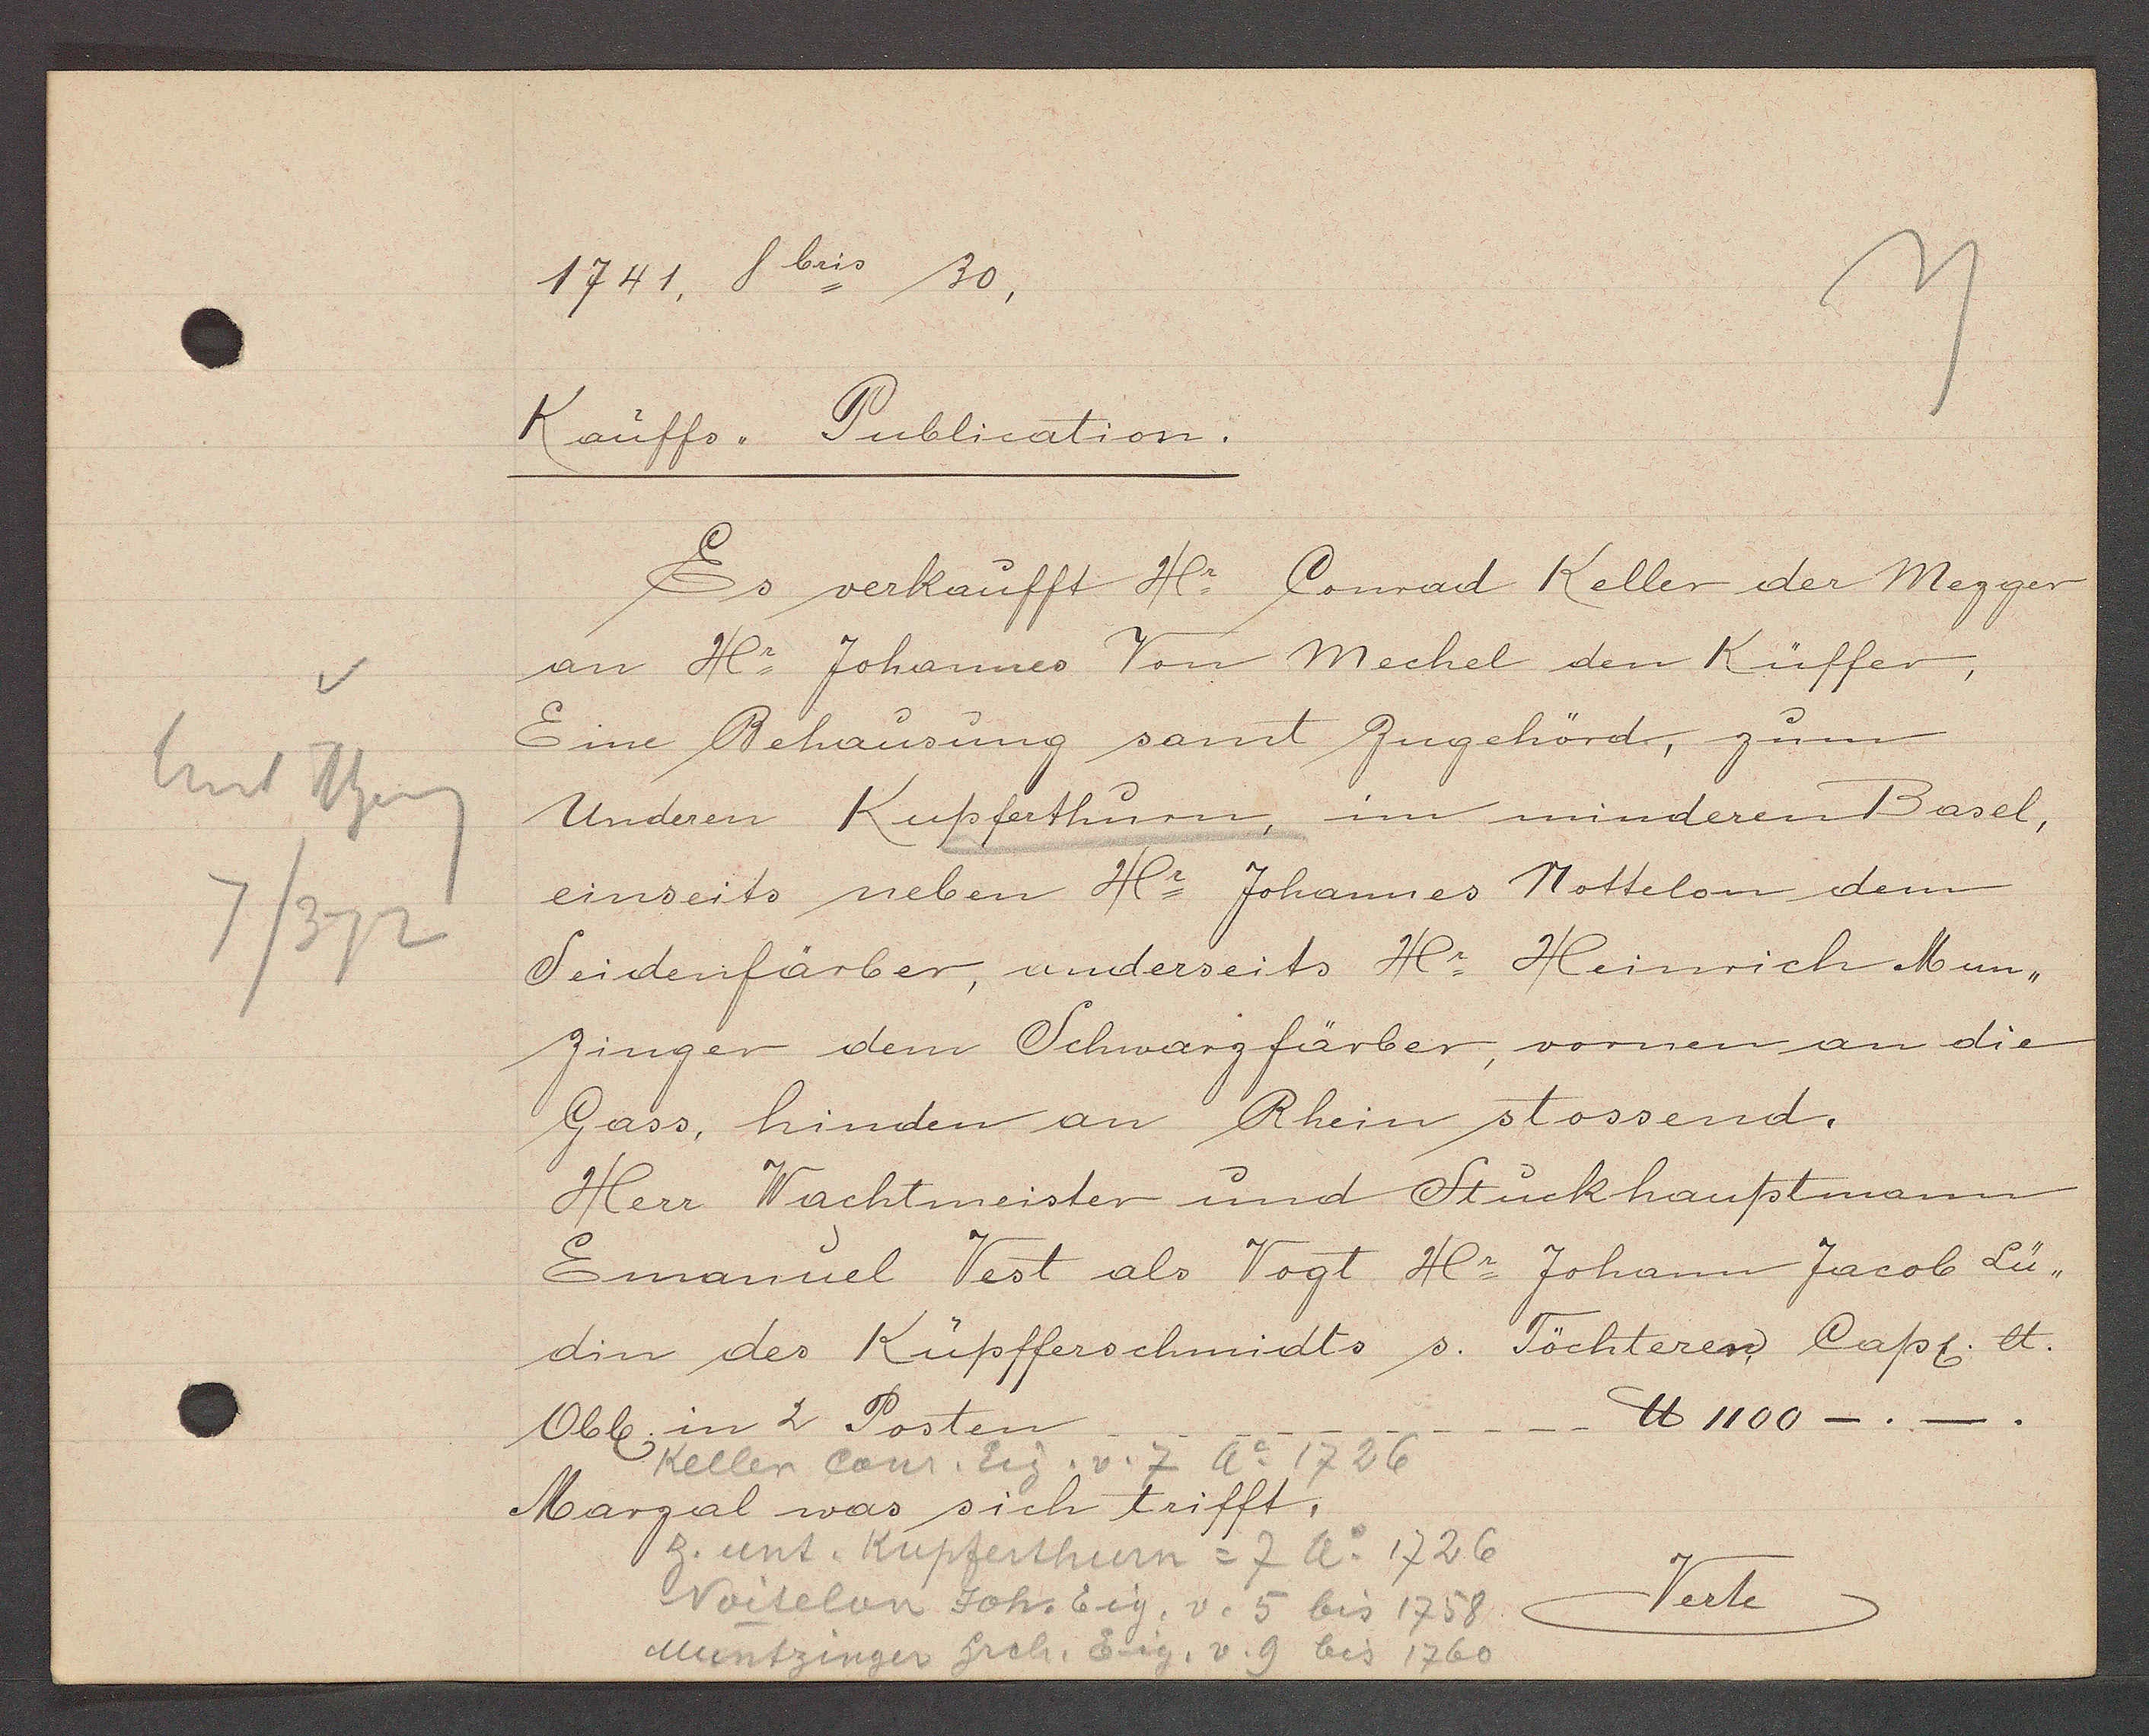
Transcript:
hint Rheing
7/372

1741. 8 bris 30,

Kauffs,, Publication.
Es verkaufft Hr. Conrad Keller der Mezger
an Hr Johannes Von Mechel den Küffer,
Eine Behausung samt Zugehörd, zum
Underen Kupferthurn, im minderen Basel,
einseits neben Hr. Johannes Nottelon dem
Seidenfärber, underseits Hr. Heinrich Mun¬
zinger dem Schwarzfärber, vornen an die
Gass, hinden an Rhein stossend.
Herr Wachtmeister und Stückhauptmann
Emanuel Vest als Vogt Hr. Johann Jacob Lü¬
din des Küpfferschmidts s. Töchterer Capt et.
℔ 1100 _._.
Obl. in 2 Posten

Keller Conr. Eig. v. 7 Ao 1726

Marzal was sich trifft.

z. unt. Kupferthurn = 7 Ao 1726
Verte
Noitelan Joh. Eig. v. 5 bis 1758
Muntzinger Hrch. Eig. v. 9 bis 1760